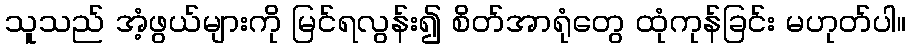
သူသည် အံ့ဖွယ်များကို မြင်ရလွန်း၍ စိတ်အာရုံတွေ ထုံကုန်ခြင်း မဟုတ်ပါ။